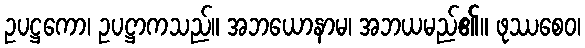
ဥပဋ္ဌကော၊ ဥပဋ္ဌာကသည်။ အဘယောနာမ၊ အဘယမည်၏။ ဖုဿစေဝ၊